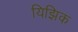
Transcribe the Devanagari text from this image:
यिझिक